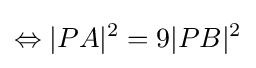
\Leftrightarrow |PA|^{2}=9|PB|^{2}